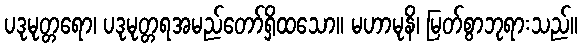
ပဒုမုတ္တရော၊ ပဒုမုတ္တရအမည်တော်ရှိထသော။ မဟာမုနိ၊ မြတ်စွာဘုရားသည်။